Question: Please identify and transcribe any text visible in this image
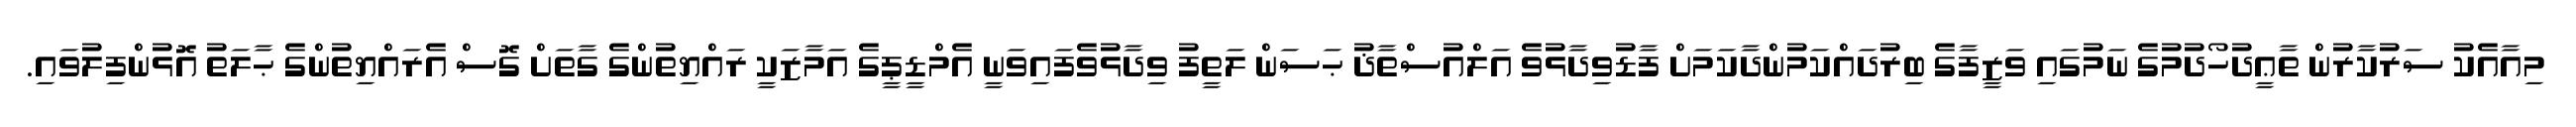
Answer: މިއާއެކު ސަރުކާރުން ތާޢީދުހޯދުމުގެ ނަމުގައި ވަޒީފާގެ ބިރުދައްކަމުންދާކަމަށް ފާޑުވިދާޅުވެ އަލްއުސްތާޛު ޙަސަން ލަތީފު ވިދާޅުވެފައިވަނީ އެމްޑީޕީގެ އަމާޒަކީ ރައްޔިތުންގެ ގާތަށް ގޮސް އެރައްޔިތުންގެ ޙާލަތު އޮޅުންފިލުވައި.